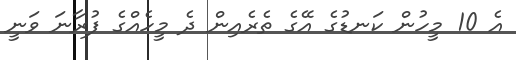
އެ 10 މީހުން ކަނޑުގެ އޭގެ ތެރެއިން ދެ މީހެއްގެ ފުރާނަ ވަނީ